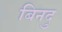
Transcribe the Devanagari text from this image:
बिनदु